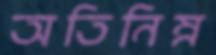
অতিনিম্ন